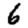
Digit: 6